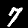
Digit: 7